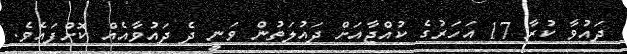
ދައުވާ ކުރާ 17 އަހަރުގެ ކުއްޖާއަށް ދައުލަތުން ވަނީ ދެ ދައުވާއެއް ކޮށްފައެވެ.